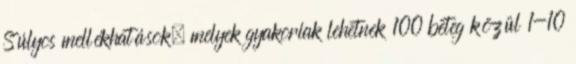
Súlyos mellékhatások, melyek gyakoriak lehetnek 100 beteg közül 1-10